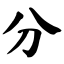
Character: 分